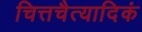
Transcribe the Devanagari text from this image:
चित्तचैत्यादिकं